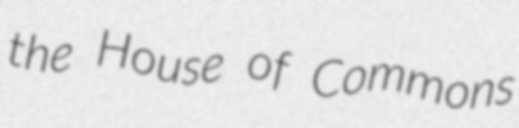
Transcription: the House of Commons